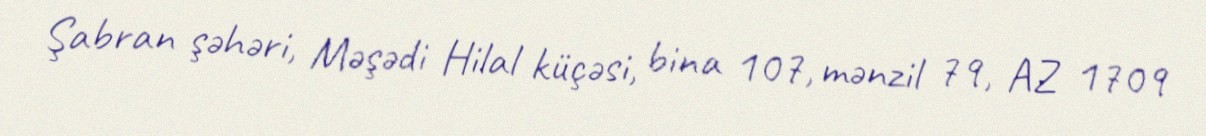
Şabran şəhəri, Məşədi Hilal küçəsi, bina 107, mənzil 79, AZ 1709